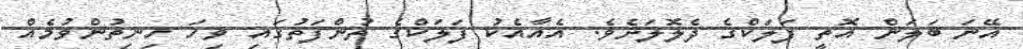
އޭނަ ބަލަން އޮތީ ފަލަކްގެ ދެލޮލަށެވެ. އެއާއެކު ފަލަކްގެ ތުންފަތުގައި ވިހަ ހިނިތުންވުމެއް